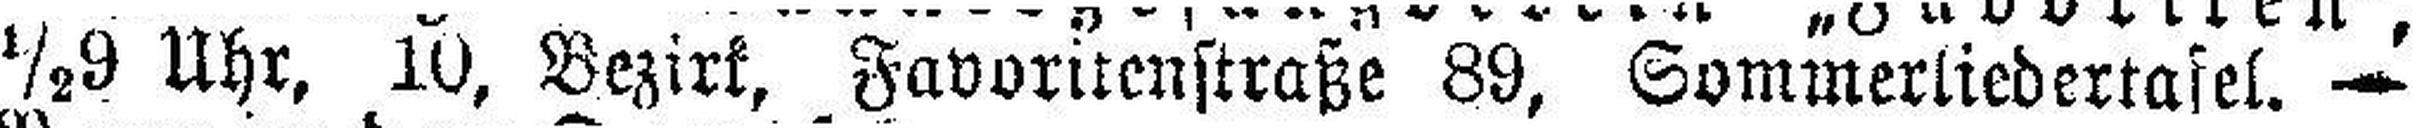
½9 Uhr, 10, Bezirk, Favoritenstraße 89, Sommerliedertafel. —